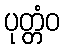
ပုတ္တံဝ